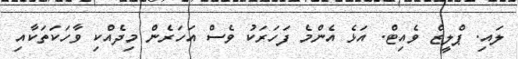
ލައި. ޕްލީޒް ވެއިޓް. އަޅެ އެންމެ ފަހަރަކު ވެސް އަހަރެން މިދެއްކި ވާހަކަތަކާއި